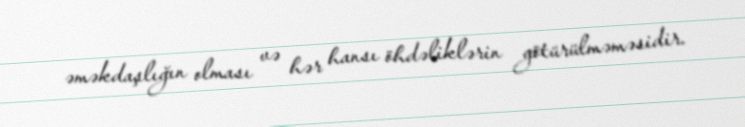
əməkdaşlığın olması və hər hansı öhdəliklərin götürülməməsidir.